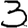
Digit: 3